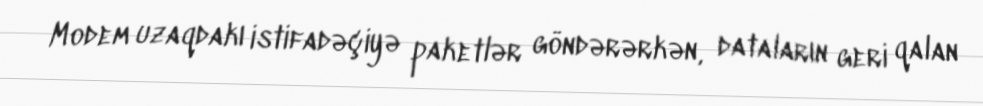
Modem uzaqdakı istifadəçiyə paketlər göndərərkən, dataların geri qalan